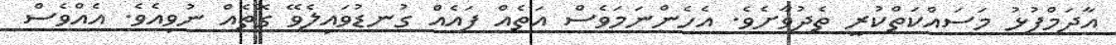
އާދަމްފުޅު މަސައްކަތްކުރީ ތެދުވާށެވެ. އެހެންނަމަވެސް އަތެއް ފައެއް ގުނޑުވައިލެވޭ ގޮތެއް ނުވިއެވެ. އެއްވެސް